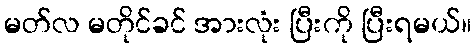
မတ်လ မတိုင်ခင် အားလုံး ပြီးကို ပြီးရမယ်။